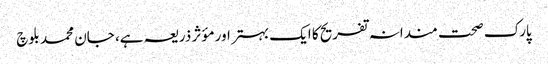
پارک صحت مندانہ تفریح کا ایک بہتر اور مؤثر ذریعہ ہے، جان محمد بلوچ